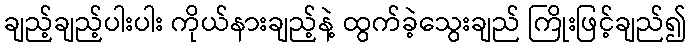
ချည့်ချည့်ပါးပါး ကိုယ်နားချည့်နဲ့ ထွက်ခဲ့သွေးချည် ကြိုးဖြင့်ချည်၍